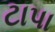
ટાપા